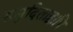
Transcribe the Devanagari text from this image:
समुदिताद्वापि